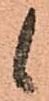
候